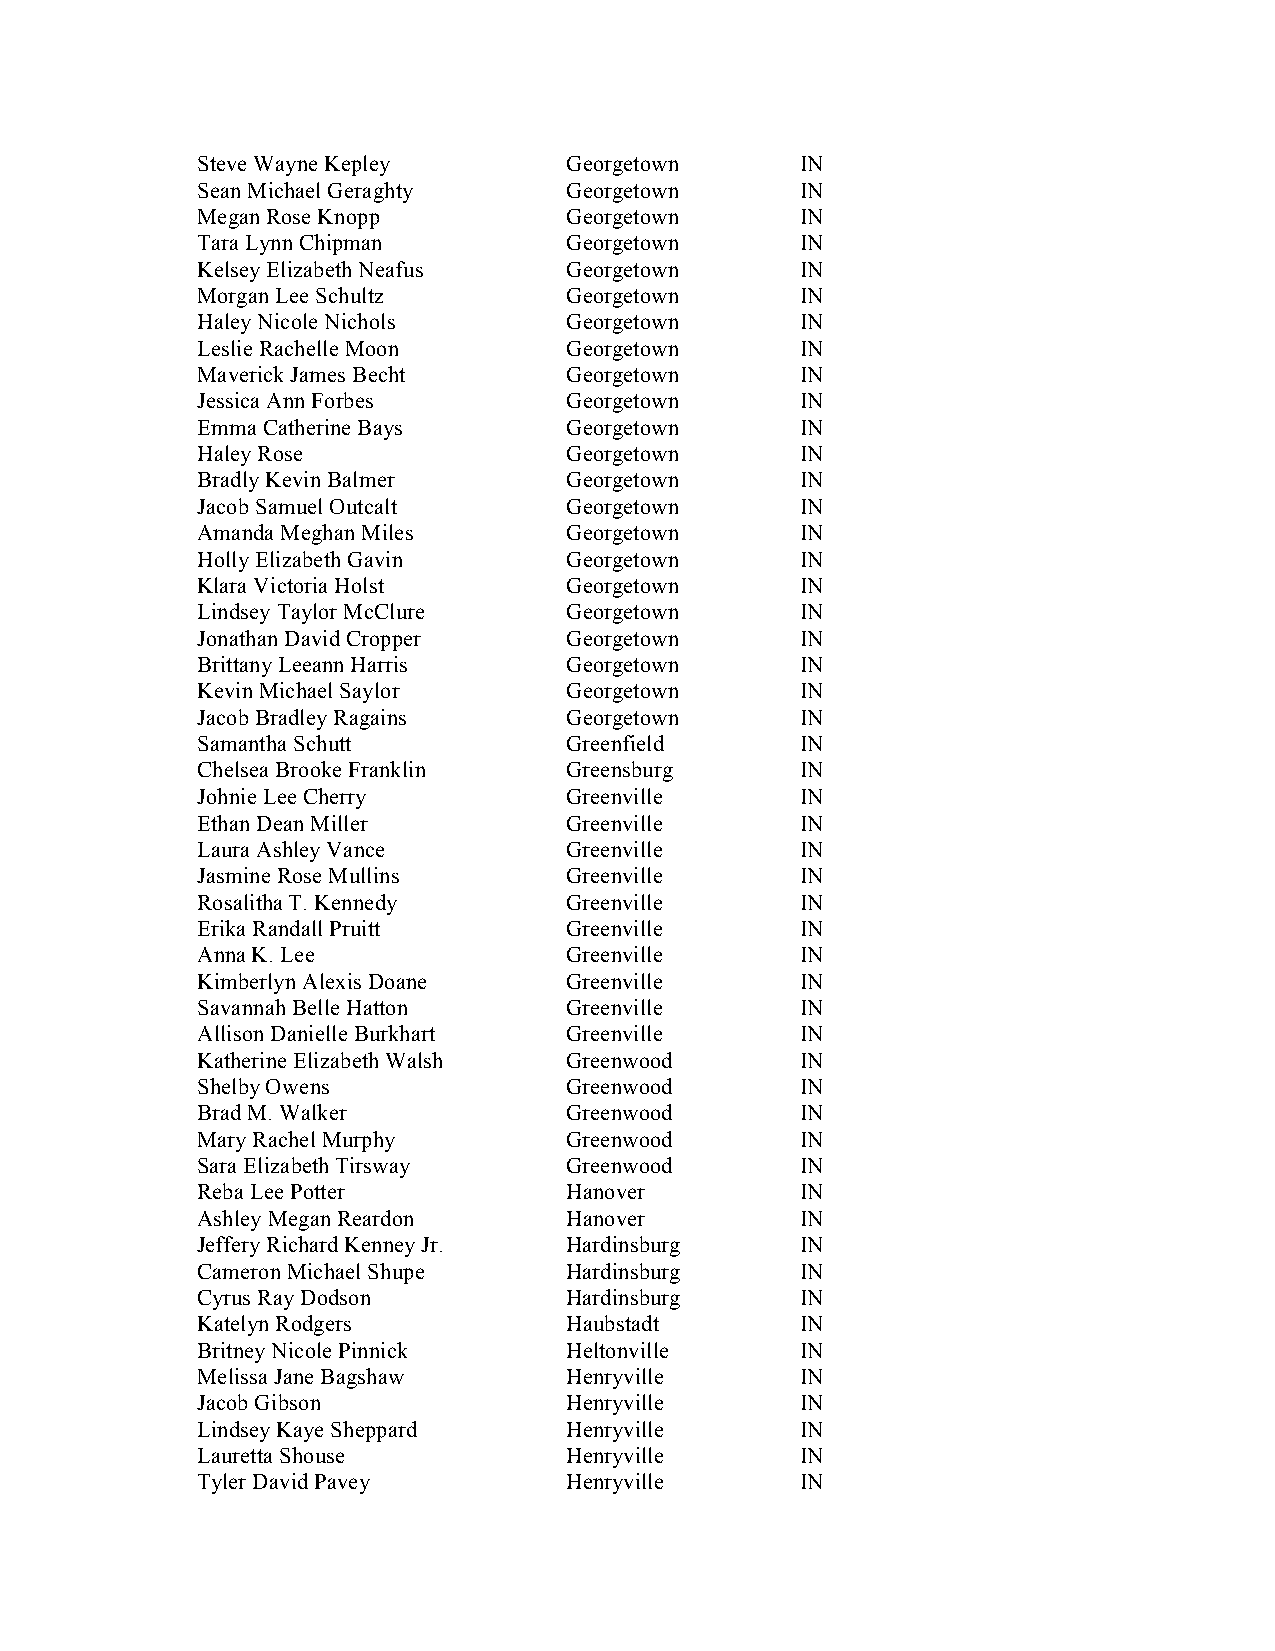
Steve Wayne Kepley      Georgetown      IN
 Sean Michael Geraghty   Georgetown      IN
 Megan Rose Knopp        Georgetown      IN
 Tara Lynn Chipman       Georgetown      IN
 Kelsey Elizabeth Neafus Georgetown      IN
 Morgan Lee Schultz      Georgetown      IN
 Haley Nicole Nichols    Georgetown      IN
 Leslie Rachelle Moon    Georgetown      IN
 Maverick James Becht    Georgetown      IN
 Jessica Ann Forbes      Georgetown      IN
 Emma Catherine Bays     Georgetown      IN
 Haley Rose              Georgetown      IN
 Bradly Kevin Balmer     Georgetown      IN
 Jacob Samuel Outcalt    Georgetown      IN
 Amanda Meghan Miles     Georgetown      IN
 Holly Elizabeth Gavin   Georgetown      IN
 Klara Victoria Holst    Georgetown      IN
 Lindsey Taylor McClure  Georgetown      IN
 Jonathan David Cropper  Georgetown      IN
 Brittany Leeann Harris  Georgetown      IN
 Kevin Michael Saylor    Georgetown      IN
 Jacob Bradley Ragains   Georgetown      IN
 Samantha Schutt         Greenfield      IN
 Chelsea Brooke Franklin Greensburg      IN
 Johnie Lee Cherry       Greenville      IN
 Ethan Dean Miller       Greenville      IN
 Laura Ashley Vance      Greenville      IN
 Jasmine Rose Mullins    Greenville      IN
 Rosalitha T. Kennedy    Greenville      IN
 Erika Randall Pruitt    Greenville      IN
 Anna K. Lee             Greenville      IN
 Kimberlyn Alexis Doane  Greenville      IN
 Savannah Belle Hatton   Greenville      IN
 Allison Danielle Burkhart Greenville    IN
 Katherine Elizabeth Walsh Greenwood     IN
 Shelby Owens            Greenwood       IN
 Brad M. Walker          Greenwood       IN
 Mary Rachel Murphy      Greenwood       IN
 Sara Elizabeth Tirsway  Greenwood       IN
 Reba Lee Potter         Hanover         IN
 Ashley Megan Reardon    Hanover         IN
 Jeffery Richard Kenney Jr. Hardinsburg  IN
 Cameron Michael Shupe   Hardinsburg     IN
 Cyrus Ray Dodson        Hardinsburg     IN
 Katelyn Rodgers         Haubstadt       IN
 Britney Nicole Pinnick  Heltonville     IN
 Melissa Jane Bagshaw    Henryville      IN
 Jacob Gibson            Henryville      IN
 Lindsey Kaye Sheppard   Henryville      IN
 Lauretta Shouse         Henryville      IN
 Tyler David Pavey       Henryville      IN